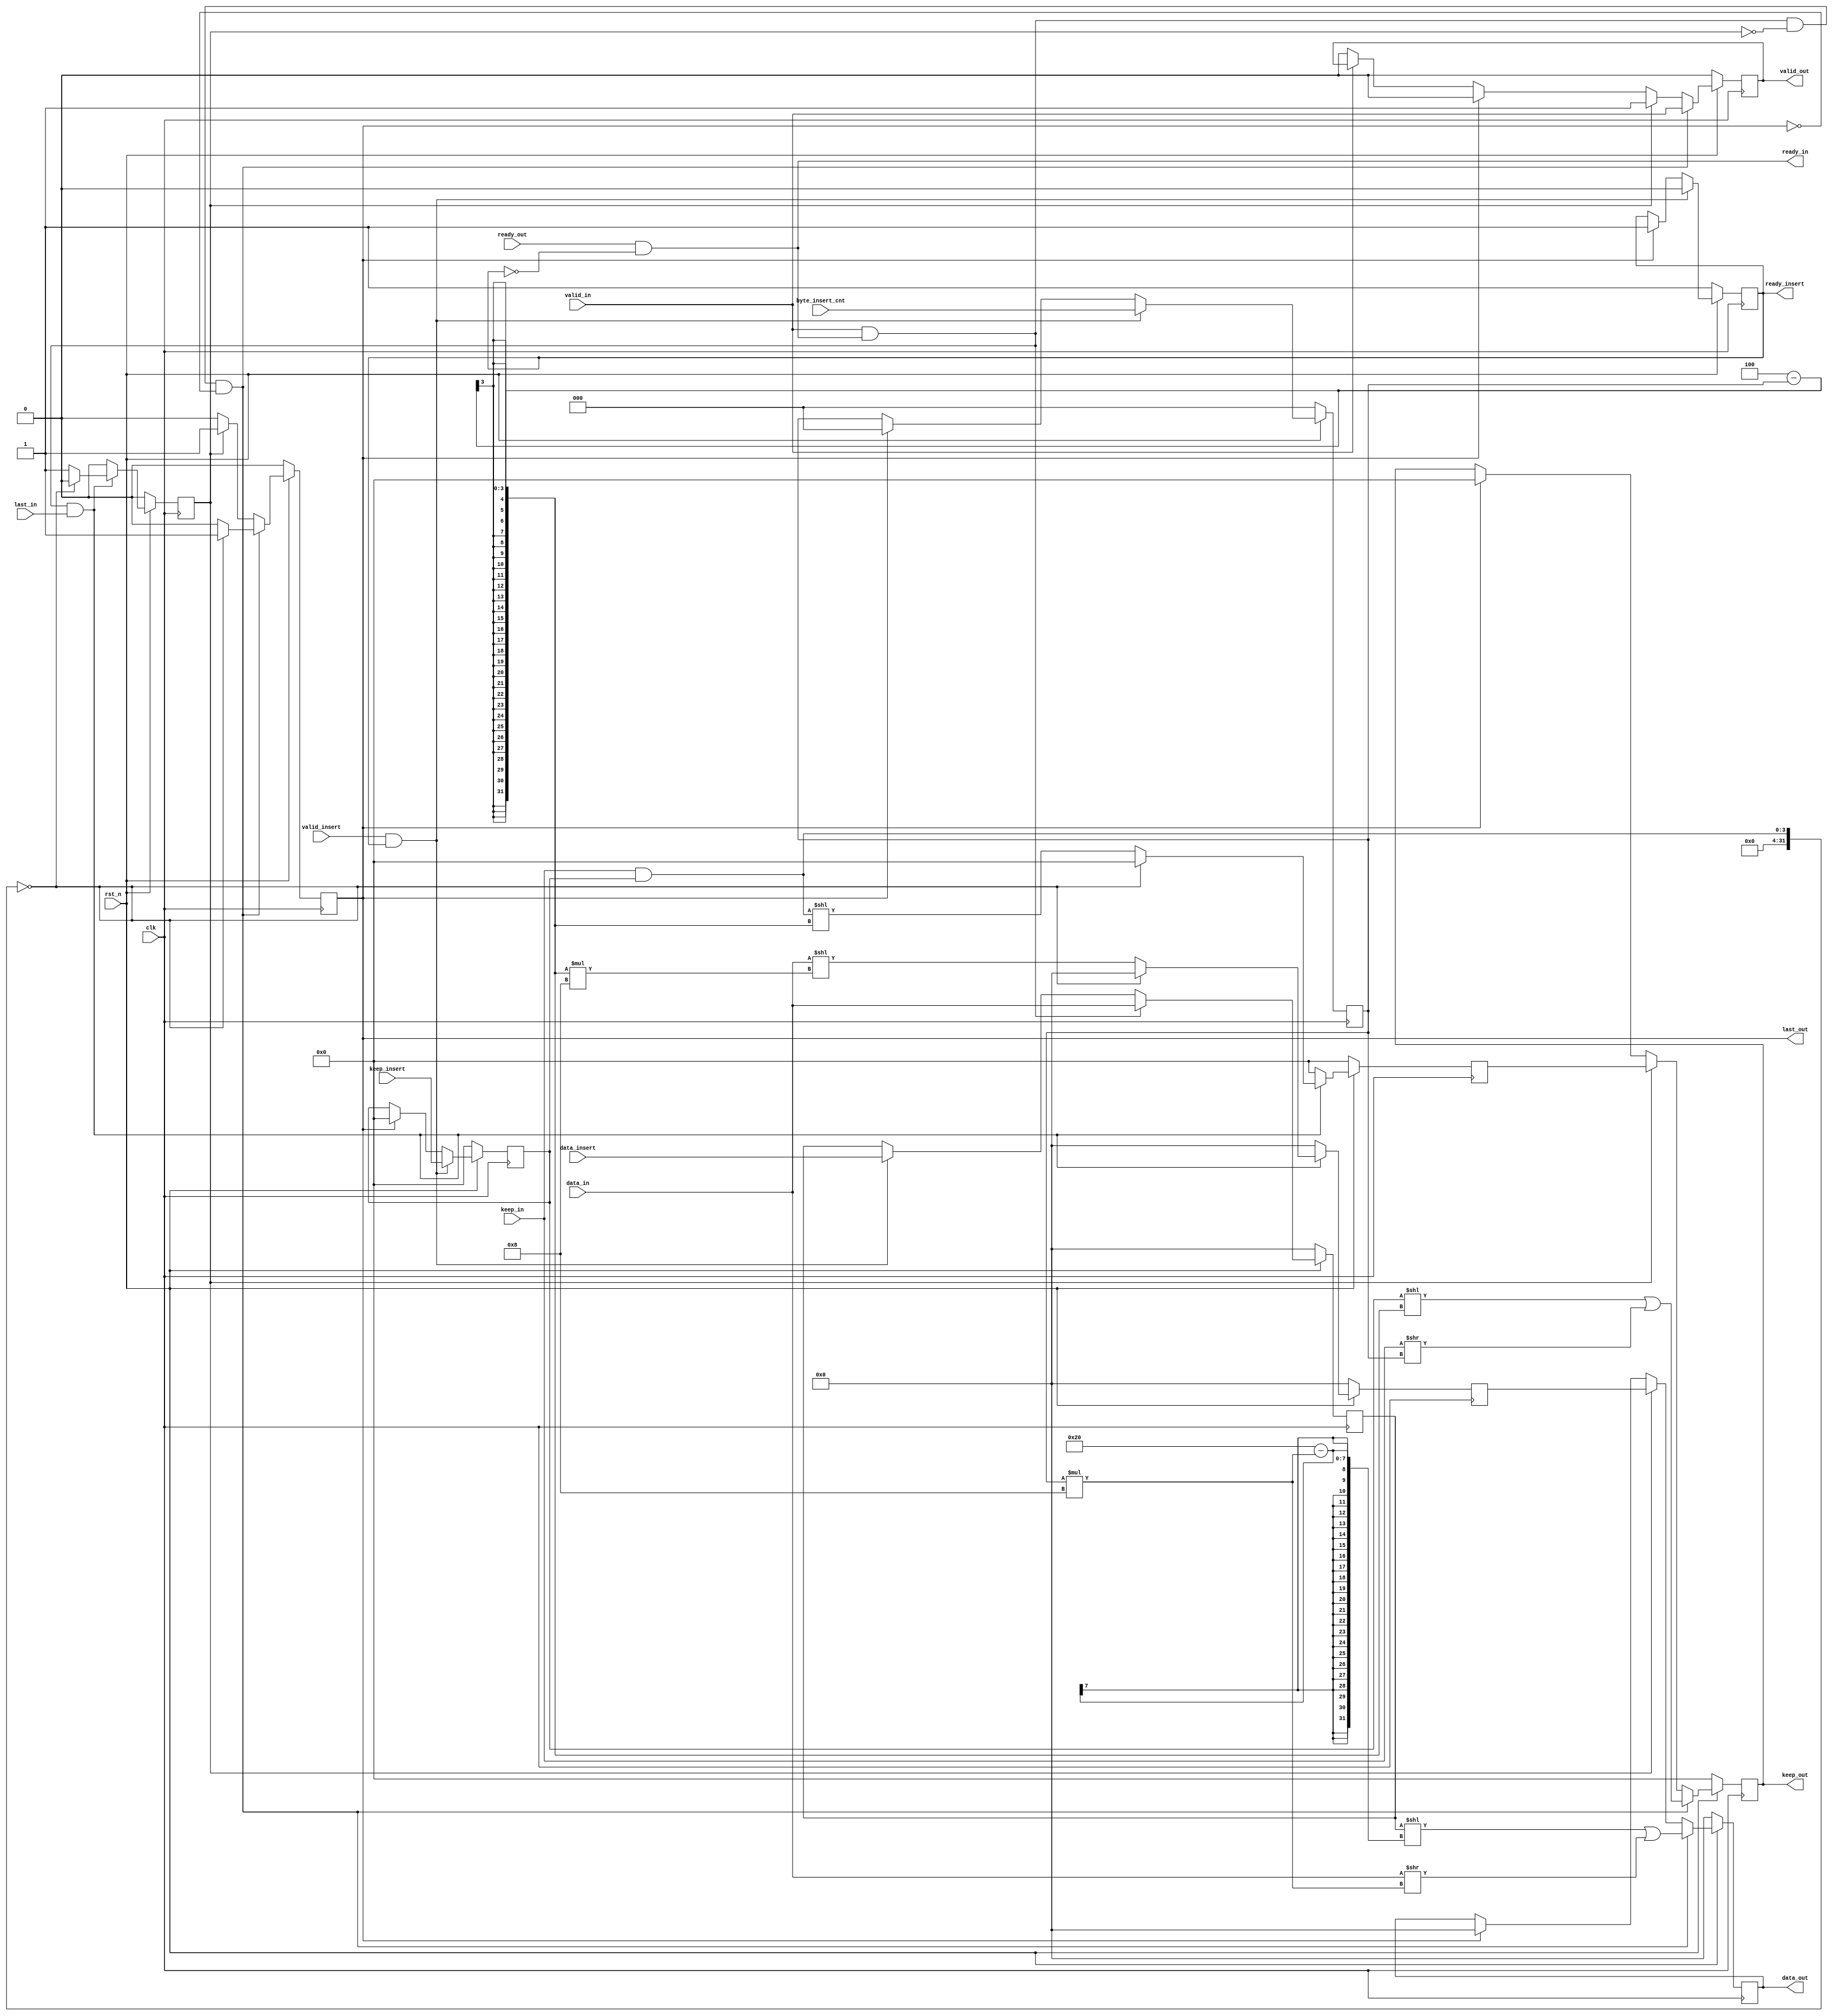
module axi_stream_insert_header #(
    parameter DATA_WD = 32,
    parameter DATA_BYTE_WD = DATA_WD / 8,
    parameter BYTE_CNT_WD = $clog2(DATA_BYTE_WD)
) (
    input clk,
    input rst_n,
    // AXI Stream input original data
    input                                   valid_in,
    input       [DATA_WD-1 : 0]             data_in,
    input       [DATA_BYTE_WD-1 : 0]        keep_in,
    input                                   last_in,
    output                                  ready_in,
    // AXI Stream output with header inserted
    output                                  valid_out,
    output      [DATA_WD-1 : 0]             data_out,
    output      [DATA_BYTE_WD-1 : 0]        keep_out,
    output                                  last_out,
    input                                   ready_out,
    // The header to be inserted to AXI Stream input
    input                                   valid_insert,
    input       [DATA_WD-1 : 0]             data_insert,
    input       [DATA_BYTE_WD-1 : 0]        keep_insert,
    input       [BYTE_CNT_WD : 0]           byte_insert_cnt,
    output                                  ready_insert
);
    // reg
    reg                                     valid_out_r;
    reg                                     last_out_r;
    reg                                     ready_insert_r;
    reg         [DATA_WD-1 : 0]             data_out_r;
    reg         [DATA_BYTE_WD-1 : 0]        keep_out_r;
    
    assign    ready_insert = ready_insert_r;
    assign    valid_out = valid_out_r;
    assign    last_out = last_out_r;
    assign    data_out =  data_out_r;
    assign    keep_out = keep_out_r;
    assign    ready_in = ready_out && ~ready_insert_r;     //head data_in 
    
    // head_insert buffer
    reg         [DATA_WD-1:0]               data_insert_buf;   
    reg         [DATA_BYTE_WD-1:0]          keep_insert_buf;
    reg         [BYTE_CNT_WD:0]             byte_insert_cnt_buf;
    
    // burstdata_in
    reg                                     overflow;
    reg         [DATA_BYTE_WD-1:0]          last_keep;
    reg         [DATA_WD-1 : 0]             last_data_out;  
    
    // AXI Stream Head_datahead data
    always @(posedge clk)   begin
        if(!rst_n)      begin
            ready_insert_r <= 1;
            keep_insert_buf <= 0;
            byte_insert_cnt_buf <= 0;
        end
        else if(valid_insert && ready_insert_r)     begin       // ready_insert,burst
            ready_insert_r <= 0;
            keep_insert_buf <= keep_insert;
            byte_insert_cnt_buf <= byte_insert_cnt;
        end
        else if(last_out)       begin                       // burstready_insert
            ready_insert_r <= 1;
            keep_insert_buf <= 0;
            byte_insert_cnt_buf <= 0;
        end
        else        begin
            ready_insert_r <= ready_insert;
            keep_insert_buf <= keep_insert_buf;
            byte_insert_cnt_buf <= byte_insert_cnt_buf;
        end
    end
    
    // burst
    always @(posedge clk)       begin
        if      (!rst_n)                        data_insert_buf <= 0;
        else if (valid_in && ready_in)          data_insert_buf <= data_in;
        else if (valid_insert && ready_insert)  data_insert_buf <= data_insert;        
        else                                    data_insert_buf <= data_insert_buf ;
    end
    
    // ,data_in
    always @(posedge clk)       begin
        if(!rst_n)      begin        
            overflow <= 0;
            last_keep <= 0;    
            last_data_out <= 0;
        end
        else if(valid_in && ready_in && last_in)        begin
            if((keep_in & keep_insert_buf) == 0)    begin           // data_in
                overflow <= 0;
                last_keep <= 0;
                last_data_out <= 0;
            end
            else        begin                                       // data_in        
                overflow <= 1;
                last_keep <= (keep_in & keep_insert_buf) << DATA_BYTE_WD - byte_insert_cnt_buf;        // 1110 & 0011 = 0010 << 2 ---> 1000
                last_data_out <= data_in << (DATA_BYTE_WD - byte_insert_cnt_buf) * 8;
            end
        end
        else        begin       
            overflow <= 0;
            last_keep <= 0;    
            last_data_out <= 0;
        end
    end

    always @(posedge clk)       begin
        if(!rst_n)      begin
            data_out_r <= 0;
            valid_out_r <= 0;
            keep_out_r <= 0;
            last_out_r <= 0;
        end
        else if(valid_in && ready_in  && ~overflow && ~last_out_r)      begin           // data_in
            data_out_r <= (data_insert_buf << DATA_WD - byte_insert_cnt_buf * 8) | (data_in >> byte_insert_cnt_buf * 8);
            valid_out_r <= valid_in;
            keep_out_r <= (keep_insert_buf << DATA_BYTE_WD - byte_insert_cnt_buf) | (keep_in >> byte_insert_cnt_buf);
            last_out_r <= ((keep_in & keep_insert_buf) == 0) ? 1 : 0;
        end
        else if(overflow)       begin            // burstdata_out()
            data_out_r <= last_data_out;
            valid_out_r <= 1'b1;
            keep_out_r <= last_keep;
            last_out_r <= 1'b1;
        end
        else if(last_out_r)     begin            // burst
            data_out_r <= 0;
            valid_out_r <= 0;
            keep_out_r <= 0;
            last_out_r <= 0;
        end
        else        begin
            data_out_r <= data_out_r;
            valid_out_r <= (valid_in == 0) ? 0 : valid_out_r;
            keep_out_r <= keep_out_r;
            last_out_r <= last_out_r;
        end
    end   
   
endmodule